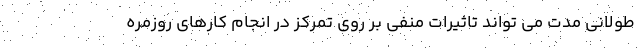
طولانی مدت می تواند تاثیرات منفی بر روی تمرکز در انجام کارهای روزمره